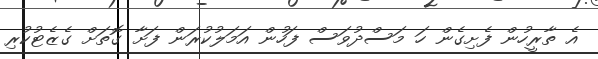
އެ ތާރީހުން ފެށިގެން ހަ މަސްދުވަަސް ފަހުން އަމަލުކުރަން ފަށާ ގޮތަށް ގެޒެޓުކުރި